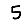
Digit: 5